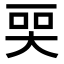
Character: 𬻠